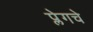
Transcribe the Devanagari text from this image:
प्लेगचे